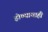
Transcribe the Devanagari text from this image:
होण्याचाही